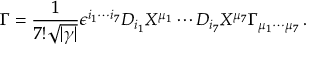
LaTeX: \Gamma = { \frac { 1 } { 7 ! \sqrt { | \gamma | } } } \epsilon ^ { i _ { 1 } \cdots i _ { 7 } } D _ { i _ { 1 } } X ^ { \mu _ { 1 } } \cdots D _ { i _ { 7 } } X ^ { \mu _ { 7 } } \Gamma _ { \mu _ { 1 } \cdots \mu _ { 7 } } \, .